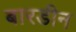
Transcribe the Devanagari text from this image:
बारडीन